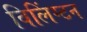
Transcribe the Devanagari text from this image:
विलिंग्‍टन